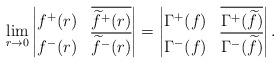
LaTeX: \begin{align*} \lim_{r\to 0} \begin{vmatrix} f^+(r) & \overline{\widetilde{f}^+(r)} \\ f^-(r) & \overline{\widetilde{f}^-(r)} \end{vmatrix} = \begin{vmatrix} \Gamma^+(f) & \overline{ \Gamma^+(\widetilde f)} \\ \Gamma^-(f) & \overline{\Gamma^-(\widetilde f)} \end{vmatrix}.\end{align*}